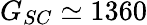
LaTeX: G_{SC}\simeq 1360